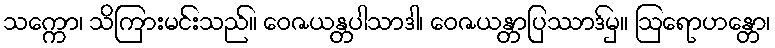
သက္ကော၊ သိကြားမင်းသည်။ ဝေဇယန္တပါသာဒါ၊ ဝေဇယန္တာပြဿာဒ်မှ။ ဩရောဟန္တော၊